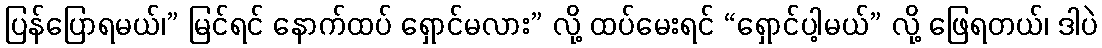
ပြန်ပြောရမယ်၊” မြင်ရင် နောက်ထပ် ရှောင်မလား” လို့ ထပ်မေးရင် “ရှောင်ပါ့မယ်” လို့ ဖြေရတယ်၊ ဒါပဲ